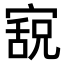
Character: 𫳸